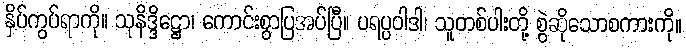
နှိပ်ကွပ်ရာကို။ သုနိဒ္ဒိဋ္ဌော၊ ကောင်းစွာပြအပ်ပြီ။ ပရပ္ပဝါဒါ၊ သူတစ်ပါးတို့ စွဲဆိုသောစကားကို။